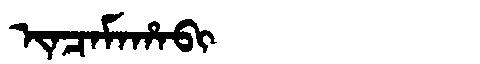
Manchu: ᡳᠨᠴᠠᠮᠠᡥᠠᠪᡳ
Romanization: INCAMAHABI